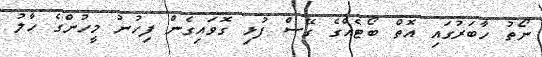
ނޯތު ހާބަރުގައި އޮތް ބޯޓެއްގެ ގޭސް ފުޅި ގޮވައިގެން ފިހުނު މީހުންގެ ހާލު